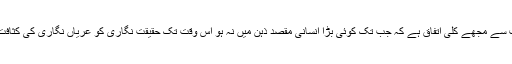
ملّا صاحب کی اس بات سے مجھے کلی اتفاق ہے کہ جب تک کوئی بڑا انسانی مقصد ذہن میں نہ ہو اس وقت تک حقیقت نگاری کو عریاں نگاری کی کثافت سے بچانا ممکن نہیں۔